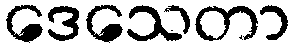
ဒေသေတာ